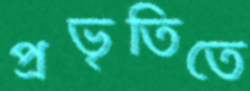
প্রভৃতিতে